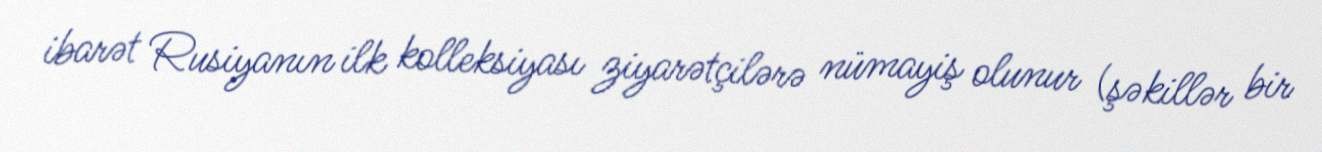
ibarət Rusiyanın ilk kolleksiyası ziyarətçilərə nümayiş olunur (şəkillər bir